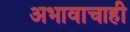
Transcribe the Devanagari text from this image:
अभावाचाही